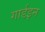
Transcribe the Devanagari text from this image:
गार्डइन